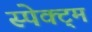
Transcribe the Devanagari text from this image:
स्पेक्ट्म